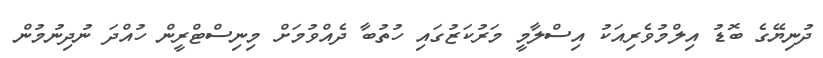
ދުނިޔޭގެ ބޮޑު އިލްމުވެރިއަކު އިސްލާމީ މަރުކަޒުގައި ހުތުބާ ދެއްވުމަށް މިނިސްޓްރީން ހުއްދަ ނުދިނުމުން